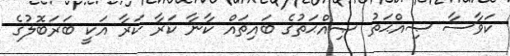
ކަވާސާ ޞިއްޙަތު ޞިއްޙަތުގެ ބައިތައް ކާނާ ކަރާ ކަރާ އަކީ ބަރަބޮލުގެ